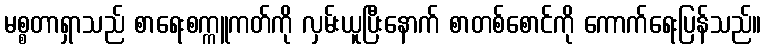
မစ္စတာရှာသည် စာရေးစက္ကူကတ်ကို လှမ်းယူပြီးနောက် စာတစ်စောင်ကို ကောက်ရေးပြန်သည်။